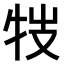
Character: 𤘸